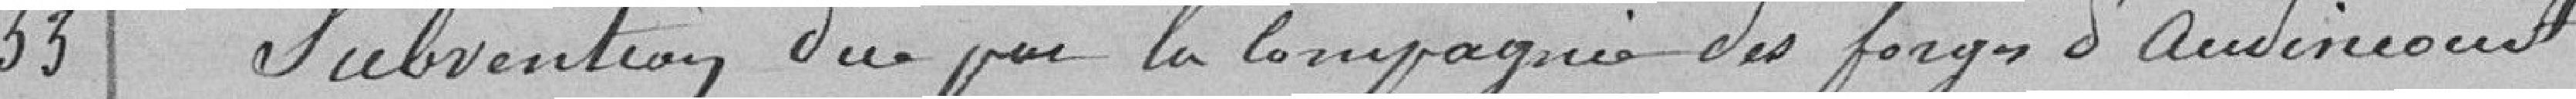
33 Subvention due par la compagnie des forges d'audimont